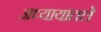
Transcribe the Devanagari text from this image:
अध्‍यायातले